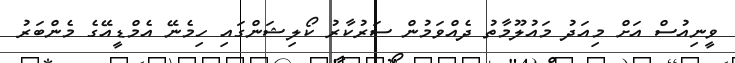
ވީނިއުސް އަށް މިއަދު މައުލޫމާތު ދެއްވަމުން ސަރުކާރު ކޯލިޝަންގައި ހިމެނޭ އެމްޑީއޭގެ މެންބަރު